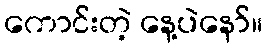
ကောင်းတဲ့ နေ့ပဲနော်။